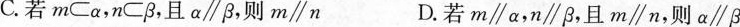
C.若m⊂α，n⊂β，且α\parallelβ，则m\paralleln D.若m\parallelα，n\parallelβ，且m\parallelnβ，则α\parallelβ